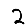
Digit: 2